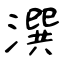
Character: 潠